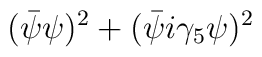
(\bar\psi\psi)^2+(\bar\psi i\gamma_5\psi)^2